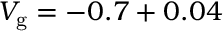
V _ { \mathrm { g } } = - 0 . 7 + 0 . 0 4